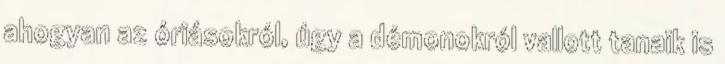
ahogyan az óriásokról, úgy a démonokról vallott tanaik is